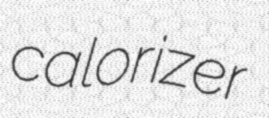
calorizer